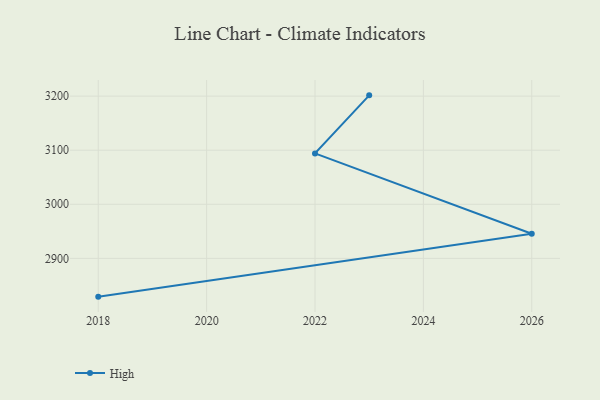
{"axis": {"x": "Year", "y": "Humidity (%)"}, "legend": ["High"], "data": [{"x": "2018", "y": 2829.2, "type": "High"}, {"x": "2026", "y": 2945.4, "type": "High"}, {"x": "2022", "y": 3094.0, "type": "High"}, {"x": "2023", "y": 3201.4, "type": "High"}]}